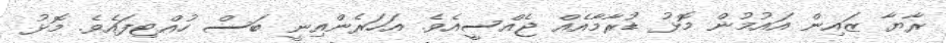
ރާޔާ ޒައިން އައުމުން މޮޅު ޑުރާމާއެއް ޖެއްސީއެވެ. އަހަރެންއިނީ ބަސް ހުއްޓިފައެވެ. މޮޅު